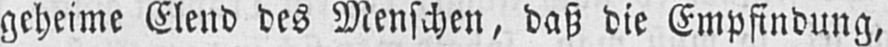
geheime Elend des Menschen, daß die Empfindung,